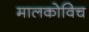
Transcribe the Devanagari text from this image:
मालकोविच